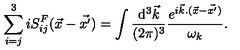
\sum _ { i = j } ^ { 3 } i S _ { i j } ^ { F } ( { \vec { x } } - { \vec { x ^ { \prime } } } ) = \int { \frac { \mathrm { d } ^ { 3 } { \vec { k } } } { ( 2 \pi ) ^ { 3 } } } { { \frac { e ^ { i { \vec { k } } . ( { \vec { x } } - { \vec { x ^ { \prime } } ) } } } { \omega _ { k } } } } .